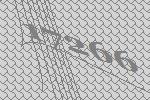
17266